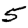
Digit: 5